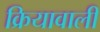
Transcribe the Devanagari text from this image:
क्रियावाली